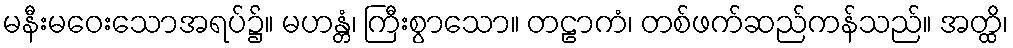
မနီးမဝေးသောအရပ်၌။ မဟန္တံ၊ ကြီးစွာသော။ တဠာကံ၊ တစ်ဖက်ဆည်ကန်သည်။ အတ္ထိ၊